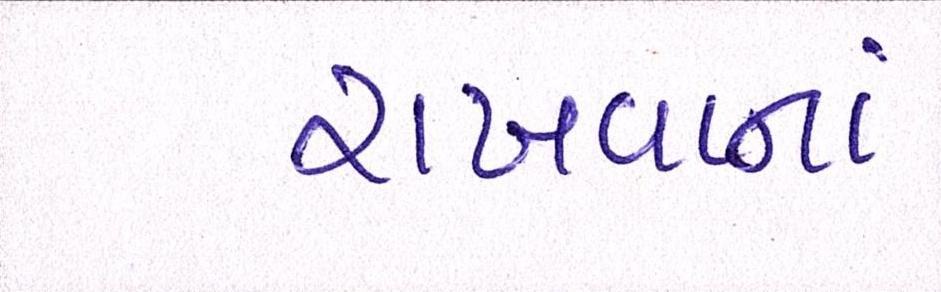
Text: રાખવાનાં